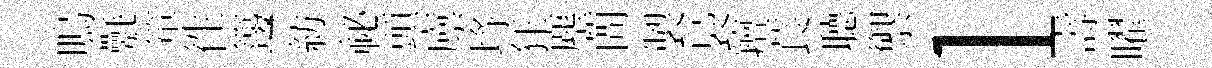
嗚氎箪徃籩紡祕頭廪埓狂塵蕳製裊羶萇𦗟禦l壽曜